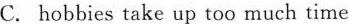
C. hobbies take up too much time